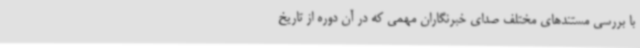
با بررسی مستندهای مختلف صدای خبرنگاران مهمی که در آن دوره از تاریخ